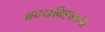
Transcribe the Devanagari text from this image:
हृदयविह्वलता